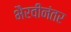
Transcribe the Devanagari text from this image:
भैरवीनंतर